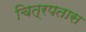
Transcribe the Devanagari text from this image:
चित्रपतास